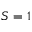
S = 1